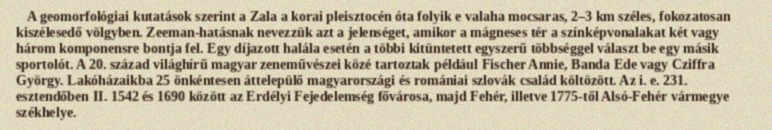
A geomorfológiai kutatások szerint a Zala a korai pleisztocén óta folyik e valaha mocsaras, 2–3 km széles, fokozatosan kiszélesedő völgyben. Zeeman-hatásnak nevezzük azt a jelenséget, amikor a mágneses tér a színképvonalakat két vagy három komponensre bontja fel. Egy díjazott halála esetén a többi kitüntetett egyszerű többséggel választ be egy másik sportolót. A 20. század világhírű magyar zeneművészei közé tartoztak például Fischer Annie, Banda Ede vagy Cziffra György. Lakóházaikba 25 önkéntesen áttelepülő magyarországi és romániai szlovák család költözött. Az i. e. 231. esztendőben II. 1542 és 1690 között az Erdélyi Fejedelemség fővárosa, majd Fehér, illetve 1775-től Alsó-Fehér vármegye székhelye.